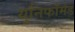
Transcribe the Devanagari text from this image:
युनिफॉर्मड